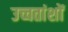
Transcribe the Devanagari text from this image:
उच्चतांशों